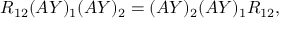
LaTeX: R _ { 1 2 } ( A Y ) _ { 1 } ( A Y ) _ { 2 } = ( A Y ) _ { 2 } ( A Y ) _ { 1 } R _ { 1 2 } ,